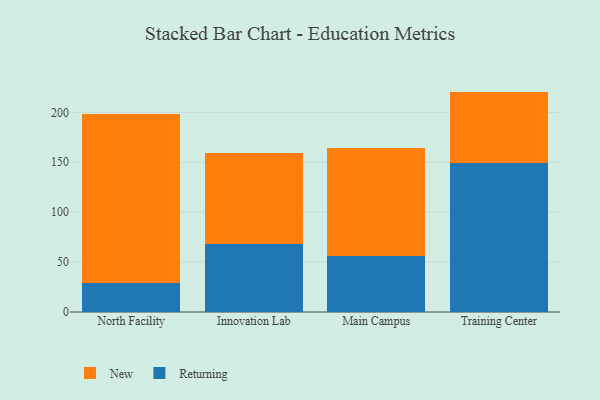
{"axis": {"x": "Campus", "y": "Bounce Rate (%)"}, "legend": ["New", "Returning"], "data": [{"x": "North Facility", "y": 29.0, "type": "Returning"}, {"x": "North Facility", "y": 169.2, "type": "New"}, {"x": "Innovation Lab", "y": 68.4, "type": "Returning"}, {"x": "Innovation Lab", "y": 91.2, "type": "New"}, {"x": "Main Campus", "y": 56.2, "type": "Returning"}, {"x": "Main Campus", "y": 108.1, "type": "New"}, {"x": "Training Center", "y": 149.0, "type": "Returning"}, {"x": "Training Center", "y": 71.8, "type": "New"}]}